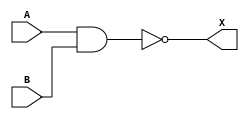
/* NAND   */
module NANDgate(A, B, X);
  input A, B;
  output X;

  assign X = ~(A&B);

endmodule